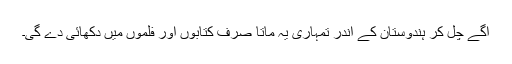
آگے چل کر ہندوستان کے اندر تمہاری یہ ماتا صرف کتابوں اور فلموں میں دکھائی دے گی۔